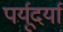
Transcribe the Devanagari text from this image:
पर्यूदर्या